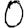
Digit: 0